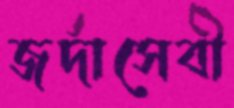
জর্দাসেবী